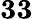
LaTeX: \mathbf{33}